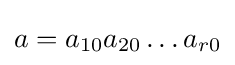
a=a_{10}a_{20}\dots a_{r0}